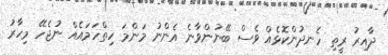
ދާއިރު ރީތި ހެނދުންކޮޅެއް ވެސް ބޭނުންވާނެ އެންނު މަންމަ ހިތްހަމައެއް ނުޖެހޭ މިހާރު